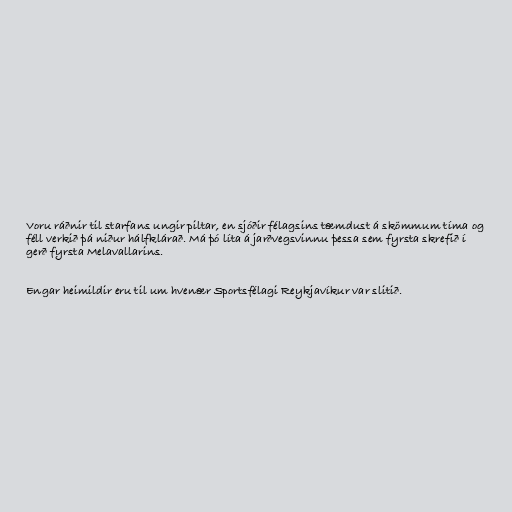
Voru ráðnir til starfans ungir piltar, en sjóðir félagsins tæmdust á skömmum tíma og
féll verkið þá niður hálfklárað. Má þó líta á jarðvegsvinnu þessa sem fyrsta skrefið í
gerð fyrsta Melavallarins.

Engar heimildir eru til um hvenær Sportsfélagi Reykjavíkur var slitið.